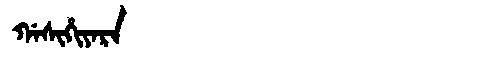
Manchu: ᡤᠠᠰᡳᡥᡳᠶᠠᡵᠠ
Romanization: GASIHIYARA